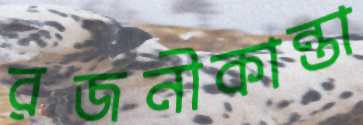
রজনীকান্তা